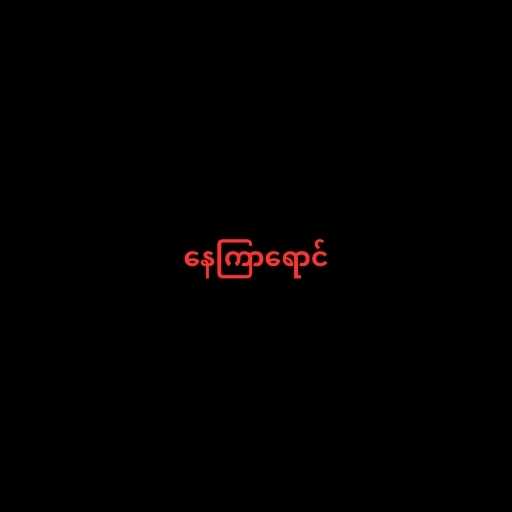
နေကြာရောင်